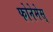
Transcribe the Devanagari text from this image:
फोनेमेस्